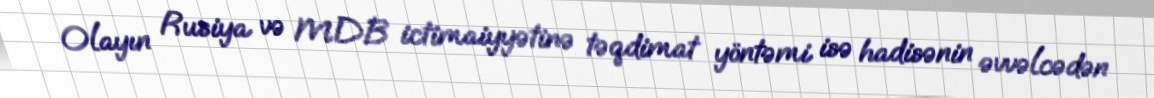
Olayın Rusiya və MDB ictimaiyyətinə təqdimat yöntəmi isə hadisənin əvvəlcədən